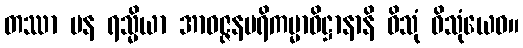
တဿာ ပန ရသ္မိယာ အာဝဇ္ဇနပရိကမ္မာဓိဋ္ဌာနာနိ ဝိသုံ ဝိသုံယေဝ။